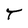
Character: T